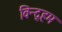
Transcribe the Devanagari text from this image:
विन्द्हम